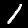
Label: 1